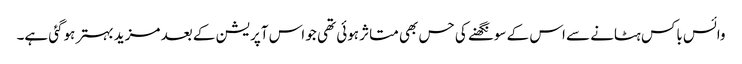
وائس باکس ہٹانے سے اس کے سونگھنے کی حس بھی متاثر ہوئی تھی جو اس آپریشن کے بعد مزید بہتر ہوگئی ہے۔